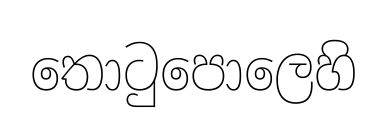
තොටුපොලෙහි